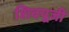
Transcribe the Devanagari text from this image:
शिवपूजी